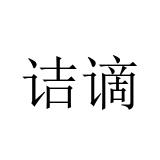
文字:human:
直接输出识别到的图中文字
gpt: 诘谪